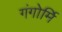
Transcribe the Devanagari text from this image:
गंगोर्मि